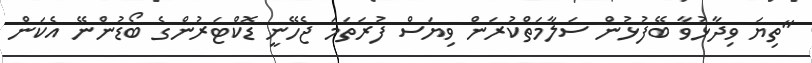
"ތިޔަ ވިދާޅުވާ ބޭފުޅުން ސަލާމަތްކުރަން ވިޔަސް ފުރަތަމަ ޖެހޭނީ ޑޮކްޓަރުންގެ ބޯޑުންނޭ އެކަން